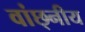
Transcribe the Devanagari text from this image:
वांछ्नीय